Report on sanitation, dispensaries, and jails in Rajputana for 1909, and on vaccination for the year 1909-1910 - 1909-1910
Year: 1909
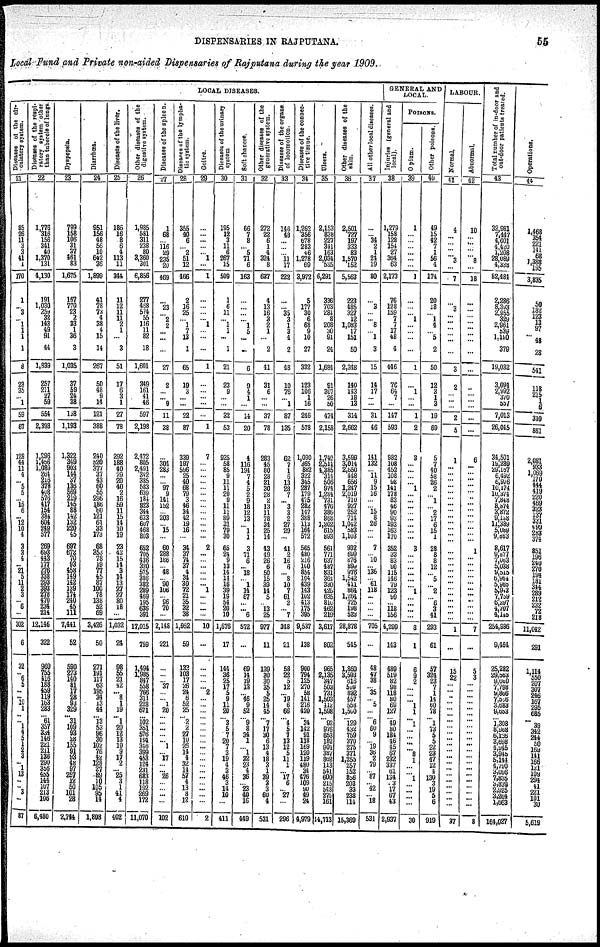
DISPENSARIES IN RAJPUTANA.
55
Local Fund and Private non-aided Dispensaries of Rajputana during the year 1909.
LOCAL DISEASES.
Diseases of the cir¬
culatory system.
21
85
26
11
3 3
41 1
170
1
... 3
... 1
1
1
1
8
23
35
... 1
59
67
128
44
11
4
... 5
5
... 15
6
... 12
10
4
3
3
4
... 21 5
11
2
3
... 6
...
302
6
32
...
6
5
...
...
10 1
...
...
1 4
5
1
2
3 ...
1
13
...
... 3
...
87
Diseases
of the respi¬
ratory system other
than tubercle of lungs
22
1,776
316
156
341
40
1,370
131
4,130
191
1,030
259
32
143
49
91
44
1,839
257
211
27
59
554
2,393
1,296
l,456
1,089
264
216
378
408
576
417
154
384
604
249
577
269
693
443
177
276
338
293
393
278
470
234
214
12,146
322
960
755
416
188
459
119
162
283
... 61
357
334
146
221
211
136
290
356
455
144
107
213
106
6,480
Dyspepsia.
23
799
158
106
31
37
461
83
1,675
167
770
23
2
23
1
36
3
1,035
37
59
24
38
158
1,193
1,322
349
903
144
37
136
569
219
145
88
142
132
220
45
697
672
70
93
458
149
142
139
174
240
45
111
7,441
52
590
273
140
81
17
28
93
329
... 31
109
93
28
155
91
93
48
97
257
12
50
101
28
2,744
Diarrhœa.
24
951 158
48
56
10
642
36
1,899
41
78
73
4
38
4
15
14
267
50
48
9
14
121
388
240
520
377
37
43
60
55
296
186
60
121
61
33
173
68
353
78
19
77
45
87
100
78
138
52
69
3,426
50
271
191
117
63
195
34
13
44
... 13
53
96
30
102
76
42
128
27
89
10
105
95
14
1,808
Diseases
of the liver.
25
186
16
8
6
4
113
11
344
11
12
11
11
2
1
...
3
51
17
6
3
1
27
78
292
188
40
29
20
40
2
16
59
11
15
14
10
19
23
43
15
14
3
14
13
27
27
80
18
...
1,032
24
98
55
21
42
... 8
1
19
... 1
20
12
13
10
9
17
2
... 25
3 1
41
4
402
Other diseases of the
digestive
system.
26
1,985
581
311
238
80
3,360
301
6,856
277
468
574
55
116
11
82
18
1,601
349
161
41
46
597
2,198
2,472
806
2,491 342
385
583 639
184
823
344
633
607
468
803
652
705
436
320
575
386
382
289
469
195
636
391
17,015
759
1,494
1,986
847
558
766
311
228
671
...
102
351
576
194
346
399
453
124
231
683
118
192
269
172
11,070
Diseases of the spleen.
27
1
68
... 116
29
235
20
469
...
23
... 2
2
...
...
...
27
2
...
... 9
11
38
...
304
283
...
... 97
9
141
152
... 203
... 15
...
60
288
188
... 48
... 90
106
... 96
70
...
2,148
221
...
...
... 37
...
... 1
20
...
...
...
...
... 1
... 17
...
... 26
...
...
...
...
102
Diseases of the lympha-
tic system.
28
355
40
6
... 2
51
12
466
2
16
25
... 1
7
13
1
65
19
3
...
...
22
87
339
197
596
25
40
68
79
3
46
34
42
19
16
...
34
37
74
37
4
314
30
72
21
35
32
38
1,952
59
132
103
17
26
24
6
52
25
... 2
2
27
10
26
14
4
32
14
57
4
13
8
12
610
Goitre.
29
...
...
...
...
... 1
...
1
...
...
...
... 1
...
...
...
1
...
...
...
...
...
1
7
...
...
...
...
...
...
...
...
...
...
...
...
...
2
...
...
...
...
...
... 1
...
...
...
...
10
...
...
...
...
... 2
...
...
...
...
...
...
...
...
...
...
...
...
...
...
...
...
...
...
2
Diseases of the urinary
system
30
195
12
3
11
6
267
15
509
1
6
11
... 1
1
...
1
21
23
9
...
...
32
53
925
58
85
9
11
11
20
9
11
11
89
31
79
30
65
24
9
13
14
14
16
39
19
54
20
10
1,676
17
144
36
25
17
5
9
11
20
... 3
5
7
20
7
3
19
4
3
46
3
14
10
...
411
Soft chancre.
31
66
7
8
... 5
71
6
163
...
...
...
... 1
5
...
...
6
9
4
1
...
14
20
4
116
194
7
4
5 2
9
18
12
13
... 1
1
3
71
6
... 18
... 1
14
67
...
... 6
572
...
69
14
19
13
... 46
9
52
... 9
8
34
1
... 1
22
23
4
36
... 23
40
16
449
Other diseases of the
generative system.
32
272
22
6
1
4
324
8
637
4
13
16
3
2
1
...
2
41
31
6
...
...
37
78
283
45
80
28
21
30
28
2
13
11
78
34
25
14
43
49
26
6
50
15
39
14
5
... 13
25
977
11
139
30
30
35
5
25
14
45
... 7
17
30
6
13
4
18
3
1
39
2
3
60
4
631
Diseases
of the organs
of locomotion.
33
146
48
...
...
... 11
17
222
...
... 35
3
1
3
4
2
48
10
76
... 1
87
135
62
7
1
6
13
28
7
... 3
3
2
27
29
...
41
2
16
6
... 8
10
7
61 2
... 7
348
21
58
22
5
12
...
19
6
66
... 4
5
7
13
12
5
11
1
... 17
6
... 27
...
296
Diseases of the connec¬
tive tissue.
34
1,262
356
678
283
46
1,278
69
3,972
5
177
30
6
68
9
10
27
332
123
106
1
16
246
578
1,030
365
882
322
345
287
179
475
282
147
388
113
164
572
565
480
216
160
854
104
439
143
102
413
175
395
9,537
138
900
794
125
270
58
141
216
420
... 34
142
91
118
169
120
119
480
34
476
109
90
49
24
4,979
Ulcers.
35
2,153
838
227
341
163
2,034
535
6,291
336
703
284 8
208
30
91
24
1,684
91
307
26
50
474
2,158
1,740
2,511
1,385
324
506
974
1,284
731
476
386
868
1,202
615
893
561
771
637
487
831
364
330
425
635
810
462
219
3,617
802
965
2,135
347
503
731
1,503
412
1,598
... 92
976
653
182
904
387
862
113
541
600
215
548
275
161
14,713
Other diseases of the
skin.
36
2,501
727
197
333
83
1,570
152
5,563
223
485
327
12
1,083
17
151
50
2,348
140
143
18
13
314
2,662
3,599
3,014
2,650
448
656
1,247
2,019
710
927
252
714
1,042
583
1,103
932
699
876
899
976
1,542
411
864
1,264
725
198
528
28,878
545
1,860
3,593
616
509
822
457
558
l,500
... 129
432
759
370
275
371
1,255
257
152
856
203
33
238
114
15,369
All other local diseases.
37
...
... 34
2
1
24
19
80
...
3
...
... 8
... 1
3
15
14
17
...
...
31
46
141
132
... 11
9
15
16
...
... 15
8
26
...
...
7
... 10
... 136
... 61
118
...
...
...
...
705
...
48
47
38
... 35
... 5
...
... 6
60
9
... 19
36
2
79
... 87
... 42
... 18
531
GENERAL AND
LOCAL.
Injuries (general and
local).
38
1,279
158
128
154
27
364
63
2,173
76
128
159
7
7
17
48
4
446
70
64
7
...
147
593
982
108
452
108
98
141
178
83
... 90
93
193
163
170
352
33
83
90
115
146
79
123
99
... 118
156
4,299
143
489
519
82
98
118
80
69
127
... 49
80
184
46
45
67
232
337
61
134
3
17
67
43
2,937
POISONS.
Opium.
39
1
...
...
...
...
...
...
1
...
...
... 1
...
...
...
...
1
...
1
...
...
1
2
3
...
...
...
... 1
...
...
...
...
...
...
...
...
3
...
...
...
...
...
... 1
...
...
...
...
8
1
6
9
2
...
...
... 1
1
... 1
...
...
...
...
8
1
...
...
1
...
...
...
...
30
Other poisons.
40
49
15
42
7
1
56
4
174
20
18
... 1
4
... 5
2
50
12
3
1
3
19
69
5
7
40
58
26
2
... 1
... 2
17
6
15
1
28
8
8
12
... 5
... 2
... 6
3
41
293
61
57
324
23
7
1
14
60
78
... 1
73
5
5
22
23
47
12
4
130
3
19
5
6
919
LABOUR.
Normal.
41
4
...
...
...
... 3
...
7
...
3
...
...
...
...
...
...
3
2
...
...
...
2
5
1
...
...
...
...
...
...
...
...
...
...
...
...
...
...
...
...
...
...
...
...
...
...
...
...
...
1
...
15
22
...
...
... ...
...
...
...
...
...
...
...
...
...
...
...
...
...
...
...
...
...
27
Abnormal.
42
10
...
...
...
... 8
...
18
...
...
...
...
...
... ...
...
...
...
...
... ...
...
...
6
...
...
...
...
...
... ..
...
...
...
...
...
...
1
...
...
...
...
...
...
...
...
...
...
...
_7
...
5
3
...
...
...
...
...
...
...
...
...
...
...
...
...
...
...
...
...
...
...
...
...
8
Total number of in-door and
out-door patients treated.
43
32,981
7,447
4,001
4,420
1,208
28,089
4,338
82,484
2,286
8,393
2,955
329
2,961
539
1,190
379
19,032
3,094
2,992
370
557
7,013
26,045
34,501
19,289
29,167
6,492
6,976
10,174
10,374
7,848
8,874
3,872
9,138
11,389
5, 089
9,863
8,617
9,877
7,063
5,038
9,515
5,964
6,964
5,943
7,759
6,297
4,707
4,145
254,936
9,464
26,282
29,563
9,080
7,798
9,866
7,556
3,683
9,653
... 1,308
8,968
6,126
3,698
4,945
3,945
5,144
4,790
3,096
7,835
3,839
2,925
3,264
1,663
164,027
Operations.
44
1,468
354
221
141
68 1,388
195
3,835
50
182
123
13
97
...
48
28
541
118
215
1
6
310
881
2,081
933
1,069
170
444
419
220
469
323
137
331
490
283
374
851
...
240
270
194
184
344
289
212
232
72
218
11,042
291
1,114
550
207 307
246
167
295
685
...
39 342
244
60
169
141
166
121
109
294
41 221
101
30
5,619